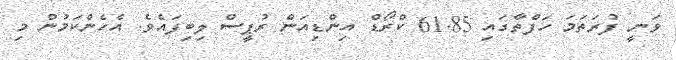
ވަނީ ފުރަތަމަ ހަފްތާގައި 61.85 ކްރޯޑް އިންޑިއަން ރުޕީސް ލިބިފައެވެ. އެހެންކަމުން މި